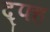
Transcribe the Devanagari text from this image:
द्फ्ह